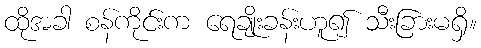
ထိုအခါ စန်ကိုင်းက ရေချိုးခန်းဟူ၍ သီးခြားမရှိ။